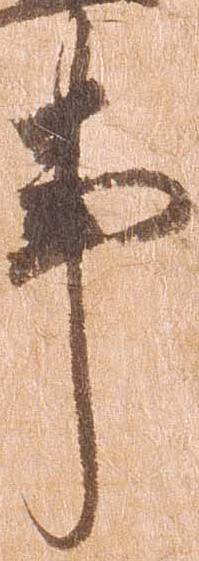
事